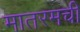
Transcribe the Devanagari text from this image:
मातरमची